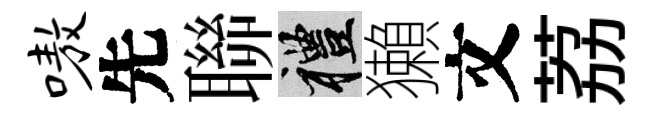
嗷先聯禮獺文荔